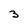
Character: 3